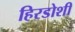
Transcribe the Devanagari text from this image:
हिरडोशी